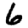
Digit: 6